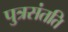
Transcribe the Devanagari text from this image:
पुत्रसंतति